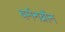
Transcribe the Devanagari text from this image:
बर्मनब्रौन